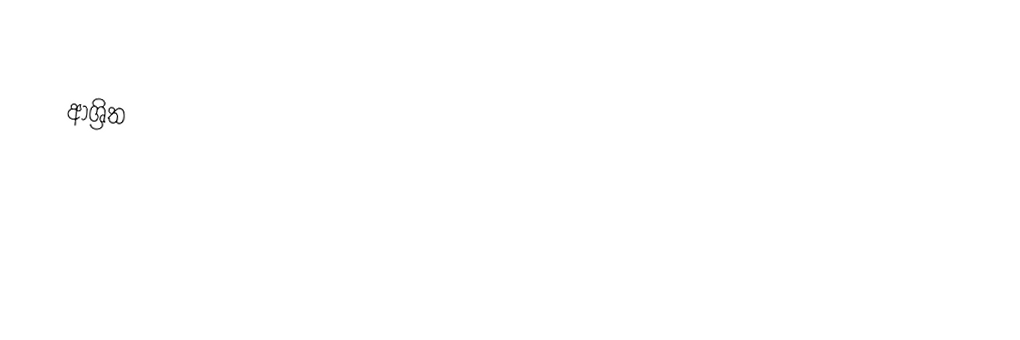

ආශ්‍රිත